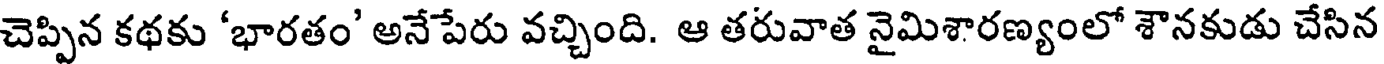
చెప్పిన కథకు 'భారతం' అనేపేరు వచ్చింది. ఆ తరువాత నైమిశారణ్యంలో శౌనకుడు చేసిన